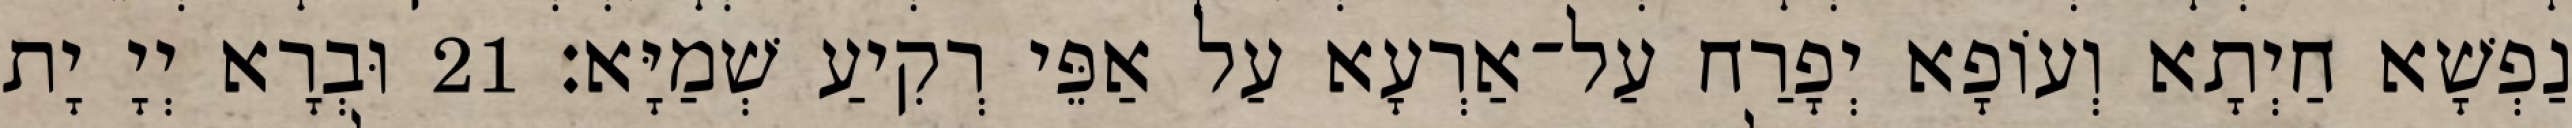
נַפְשָׁא חַיְתָא וְעוֹפָא יְפָרַח עַל־אַרְעָא עַל אַפֵּי רְקִיעַ שְׁמַיָּא׃ 21 וּבְרָא יְיָ יָת